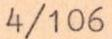
4/106